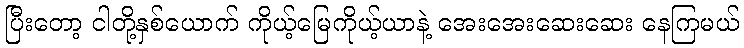
ပြီးတော့ ငါတို့နှစ်ယောက် ကိုယ့်မြေကိုယ့်ယာနဲ့ အေးအေးဆေးဆေး နေကြမယ်